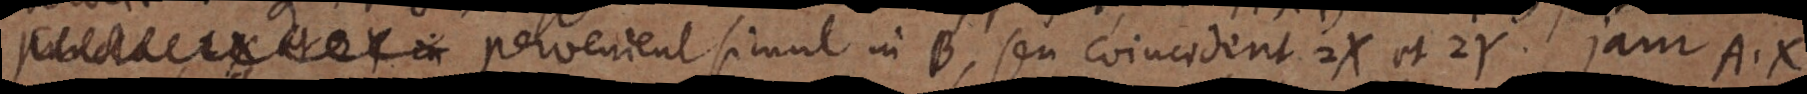
puncta X et Y in pervenient simul in B, seu coincident 2X et 2Y. jam A.X